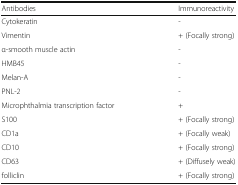
<table><thead><tr><td><b>Antibodies</b></td><td><b>Immunoreactivity</b></td></tr></thead><tbody><tr><td>Cytokeratin</td><td>-</td></tr><tr><td>Vimentin</td><td>+ (Focally strong)</td></tr><tr><td>α-smooth muscle actin</td><td>-</td></tr><tr><td>HMB45</td><td>-</td></tr><tr><td>Melan-A</td><td>-</td></tr><tr><td>PNL-2</td><td>-</td></tr><tr><td>Microphthalmia transcription factor</td><td>+</td></tr><tr><td>S100</td><td>+ (Focally strong)</td></tr><tr><td>CD1a</td><td>+ (Focally weak)</td></tr><tr><td>CD10</td><td>+ (Focally strong)</td></tr><tr><td>CD63</td><td>+ (Diffusely weak)</td></tr><tr><td>folliclin</td><td>+ (Focally strong)</td></tr></tbody></table>